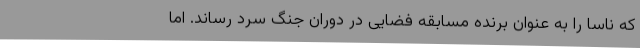
که ناسا را به عنوان برنده مسابقه فضایی در دوران جنگ سرد رساند. اما